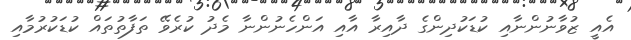
އެއީ ޒުވާނުންނާއި ކުޑަކުދިންގެ ދާއިރާ އާއި އަންހެނުންނާ މެދު ކުރެވޭ ތަފާތުތައް ކުޑަކުރުމާއި